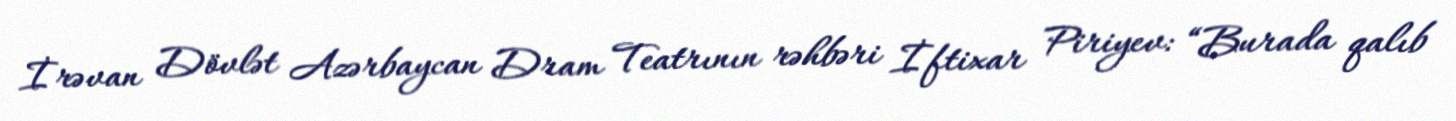
İrəvan Dövlət Azərbaycan Dram Teatrının rəhbəri İftixar Piriyev: “Burada qalıb